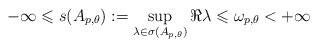
\begin{align*} -\infty\leqslant s(A_{p,\theta}):=\sup_{\lambda\in\sigma(A_{p,\theta})}\Re\lambda\leqslant\omega_{p,\theta}< +\infty\end{align*}